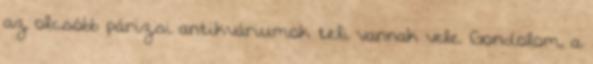
az olcsóbb párizsi antikváriumok teli vannak vele. Gondolom, a